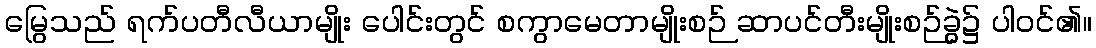
မြွေသည် ရက်ပတီလီယာမျိုး ပေါင်းတွင် စကွာမေတာမျိုးစဉ် ဆာပင်တီးမျိုးစဉ်ခွဲ၌ ပါဝင်၏။